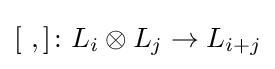
[\ ,]\colon L_{i}\otimes L_{j}\to L_{i+j}